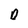
Character: O